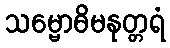
သမ္ဗောဓိမနုတ္တရံ